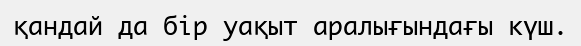
қандай да бір уақыт аралығындағы күш.